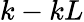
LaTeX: k-kL